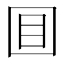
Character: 𡇌